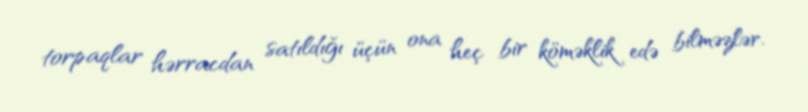
torpaqlar hərracdan satıldığı üçün ona heç bir köməklik edə bilməzlər.